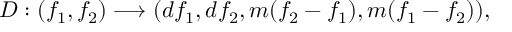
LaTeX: D : ( f _ { 1 } , f _ { 2 } ) \longrightarrow ( d f _ { 1 } , d f _ { 2 } , m ( f _ { 2 } - f _ { 1 } ) , m ( f _ { 1 } - f _ { 2 } ) ) ,